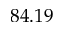
8 4 . 1 9